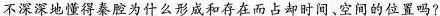
不深深地懂得秦腔为什么形成和存在而占却时间、空间的位置吗?